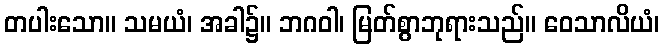
တပါးသော။ သမယံ၊ အခါ၌။ ဘဂဝါ၊ မြတ်စွာဘုရားသည်။ ဝေသာလိယံ၊